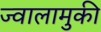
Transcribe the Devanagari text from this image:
ज्वालामुकी